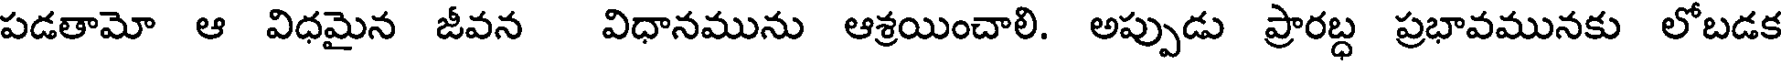
పడతామో ఆ విధమైన జీవన విధానమును ఆశ్రయించాలి. అప్పుడు ప్రారబ్ద ప్రభావమునకు లోబడక